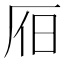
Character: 𣅛